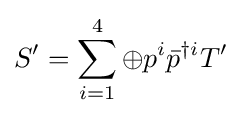
S'=\sum _{i=1}^{4}\oplus p^{i}{\bar {p}}^{\dagger i}T'